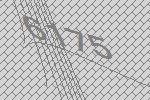
6175